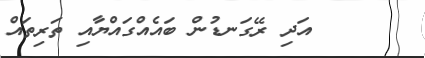
٤٩      އަދި ރޭގަނޑުން ބައެއްގައްޔާއި ތަރިތައް